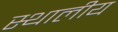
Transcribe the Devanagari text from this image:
स्थालीय